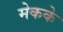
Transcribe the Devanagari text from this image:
मेकके